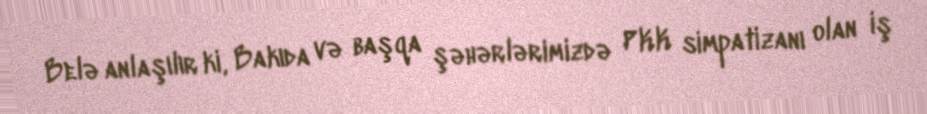
Belə anlaşılır ki, Bakıda və başqa şəhərlərimizdə PKK simpatizanı olan iş